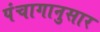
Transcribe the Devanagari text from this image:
पंंचागानुसार